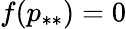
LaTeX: f(p_{**})=0